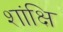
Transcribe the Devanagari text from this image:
शांक्षि